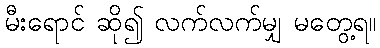
မီးရောင် ဆို၍ လက်လက်မျှ မတွေ့ရ။